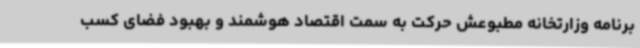
برنامه وزارتخانه مطبوعش حرکت به سمت اقتصاد هوشمند و بهبود فضای کسب